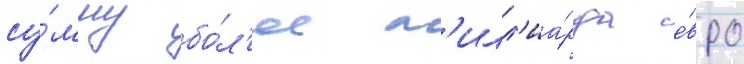
су́мму бо́л'ее м'илл'иа́рда е́вро